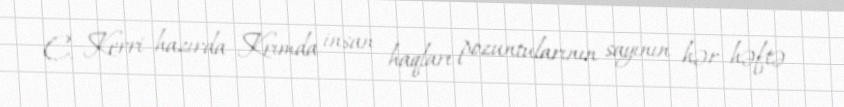
C. Kerri hazırda Krımda insan haqları pozuntularının sayının hər həftə